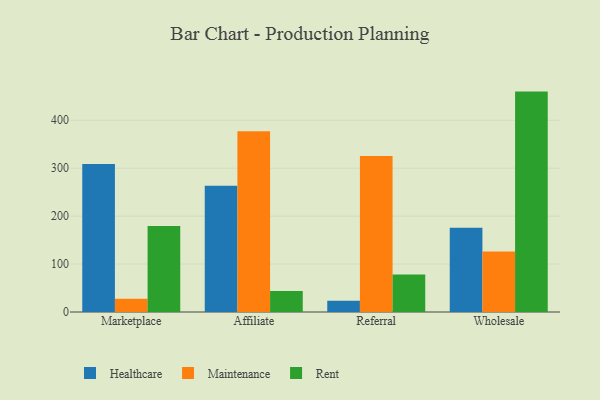
{"axis": {"x": "Channel", "y": "Latency (ms)"}, "legend": ["Healthcare", "Maintenance", "Rent"], "data": [{"x": "Marketplace", "y": 308.9, "type": "Healthcare"}, {"x": "Marketplace", "y": 27.6, "type": "Maintenance"}, {"x": "Marketplace", "y": 179.2, "type": "Rent"}, {"x": "Affiliate", "y": 263.3, "type": "Healthcare"}, {"x": "Affiliate", "y": 376.9, "type": "Maintenance"}, {"x": "Affiliate", "y": 43.8, "type": "Rent"}, {"x": "Referral", "y": 23.5, "type": "Healthcare"}, {"x": "Referral", "y": 325.5, "type": "Maintenance"}, {"x": "Referral", "y": 78.4, "type": "Rent"}, {"x": "Wholesale", "y": 175.7, "type": "Healthcare"}, {"x": "Wholesale", "y": 126.1, "type": "Maintenance"}, {"x": "Wholesale", "y": 459.8, "type": "Rent"}]}